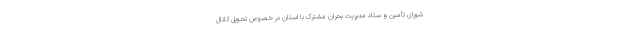
شورای تأمین و ستاد مدیریت بحران مشترک با استان در خصوص تحویل کانال